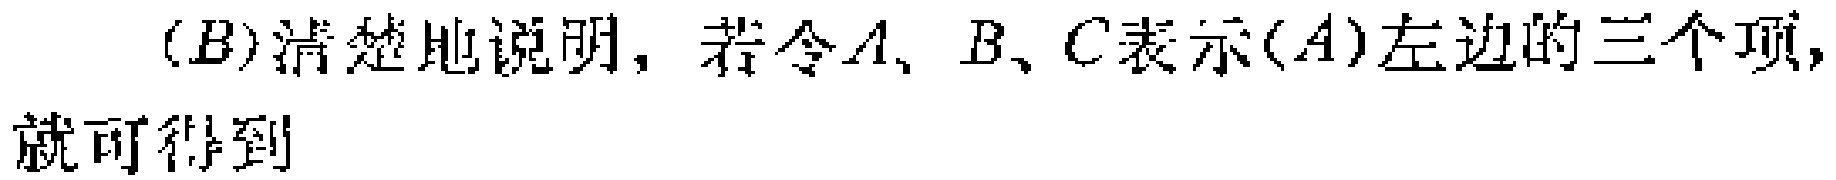
(B)清楚地说明，若令\(A\)、\(B\)、\(C\)表示(A)左边的三个项，就可得到